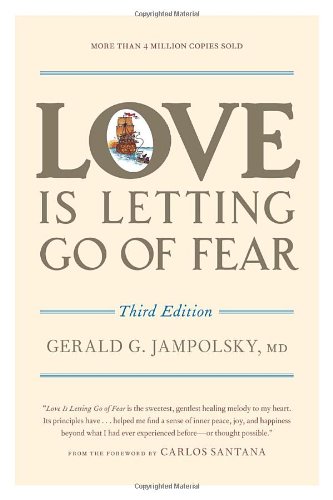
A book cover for Love Is Letting Go of Fear, Third Edition; Gerald G. Jampolsky; Self-Help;